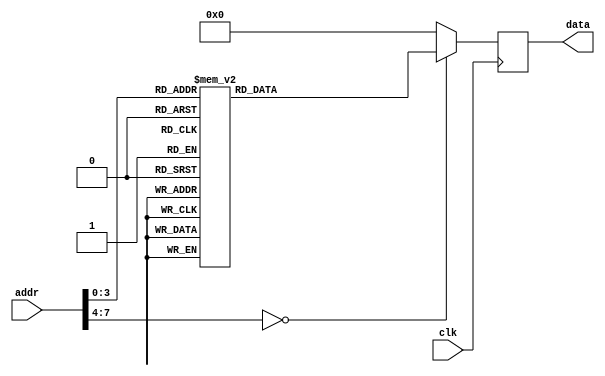
module rom #(
        parameter   DATA_WIDTH = 16,
        parameter   ADDR_WIDTH = 8          // 2 * 1024 bytes of ROM
    )(
        input  wire                  clk,
        input  wire [ADDR_WIDTH-1:0] addr,  // here comes the program counter
        output  reg [DATA_WIDTH-1:0] data   // here goes the instruction
    );

    reg [DATA_WIDTH-1:0] value;

    
    always @* begin
        case (addr)
		  
		  /* ATENTIE! La exercitiile 1,2,3 si 4 pentru a beneficia de mesajele de debug puse in checker
			  va trebuie sa lasati ROM neschimbat!

			  P.S. Puteti adauga la sfarsit, incepand cu adresa 16.
			*/
			
		  /* TODO 5 : Inlocuiti instructiunile din cu cele oferite in enunt. Utilizati avrasm.jar pentru
				a converti din cod assembly in cod Verilog (care contine cod masina).
			*/
		
		/*	 ldi 	r16, 5 		*/
		0:		value = 16'b1110000000000101;
		/*	 ldi 	r17, 15 		*/
		1:		value = 16'b1110000000011111;
		/*	 push 	r16 		*/
		2:		value = 16'b1001001100001111;
		/*	 push 	r17 		*/
		3:		value = 16'b1001001100011111;
		/*	 mov 	r30, r16 		*/
		4:		value = 16'b0010111111100000;
		/*	 sub 	r30, r17 		*/
		5:		value = 16'b0001101111100001;
		/*	 brbs 	done 		*/
		6:		value = 16'b1111000000101001;
		/*	 brbs 	label2 		*/
		7:		value = 16'b1111000000010010;
		/*	 sub 	r16, r17 		*/
		8:		value = 16'b0001101100000001;
		/*	 rjmp 	main_loop 		*/
		9:		value = 16'b1100111111111010;
		/*	 sub 	r17, r16 		*/
		10:		value = 16'b0001101100010000;
		/*	 rjmp 	main_loop 		*/
		11:		value = 16'b1100111111111000;
		/*	 push 	r16 		*/
		12:		value = 16'b1001001100001111;
		/*	 pop 	r20 		*/
		13:		value = 16'b1001000101001111;
		/*	 pop 	r21 		*/
		14:		value = 16'b1001000101011111;
		/*	 pop 	r22 		*/
		15:		value = 16'b1001000101101111;
		default:		value = 16'b0000000000000000;


        endcase
    end

    always @(negedge clk) begin
        data <= value;
    end

endmodule